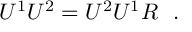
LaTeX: U ^ { 1 } U ^ { 2 } = U ^ { 2 } U ^ { 1 } R \ \ .